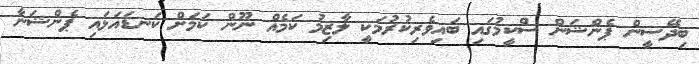
ބިދޭސީން ޕެންޝަން ސްކީމުގައި ބައިވެރިކުރުމަކީ ލާޒިމު ކަމެއް ނޫން ކަމަށް ކަނޑައަޅައި ޕެންޝަނާ